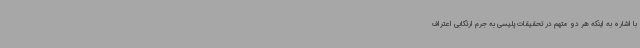
با اشاره به اینکه هر دو متهم در تحقیقات پلیسی به جرم ارتکابی اعتراف